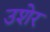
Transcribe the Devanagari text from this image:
उशेर